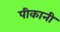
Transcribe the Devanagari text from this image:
पीकानी